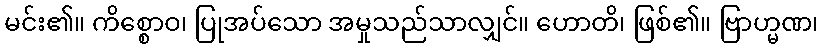
မင်း၏။ ကိစ္စောဝ၊ ပြုအပ်သော အမှုသည်သာလျှင်။ ဟောတိ၊ ဖြစ်၏။ ဗြာဟ္မဏ၊